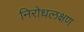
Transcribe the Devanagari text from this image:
निरोधलक्षण